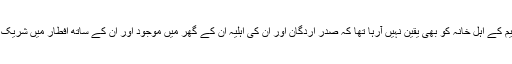
یلدریم کے اہل خانہ کو بھی یقین نہیں آرہا تھا کہ صدر اردگان اور ان کی اہلیہ ان کے گھر میں موجود اور ان کے ساتھ افطار میں شریک ہیں۔